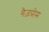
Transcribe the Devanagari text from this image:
गैज़प्रोम